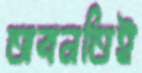
অবনতিই